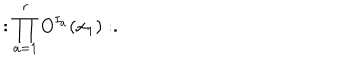
LaTeX: : \prod _ { a = 1 } ^ { r } O ^ { I _ { a } } ( x _ { 1 } ) : .